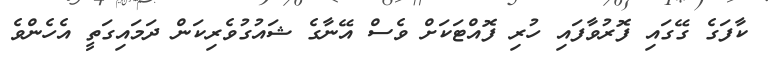
ކާފަގެ ގޭގައި ފޮރުވާފައި ހުރި ފޮއްޓަކަށް ވެސް އޭނާގެ ޝައުގުވެރިކަން ދަމައިގަތީ އެހެންވެ